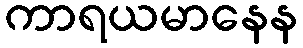
ကာရယမာနေန